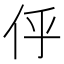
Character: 𠇼